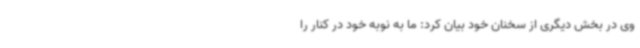
وی در بخش دیگری از سخنان خود بیان کرد:‌ ما به نوبه خود در کنار را